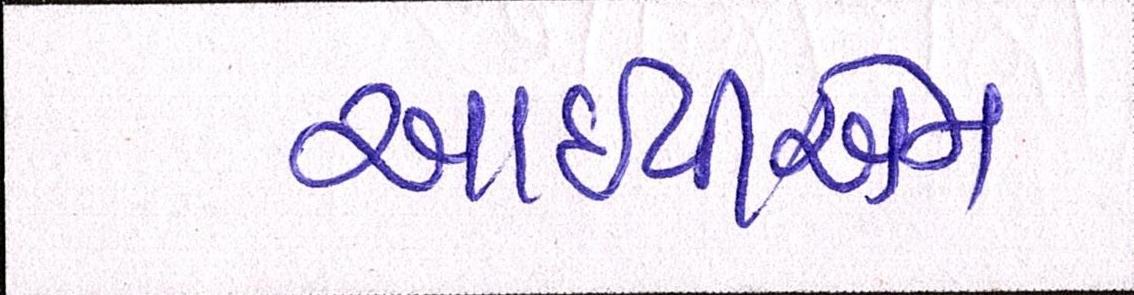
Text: આઇપીએમ